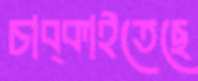
চাব্‌কাইতেছে